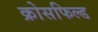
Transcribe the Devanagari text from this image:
क्रोसफिल्ड